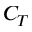
C _ { T }